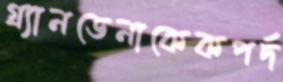
গ্র্যানডেনাকেকপর্দ